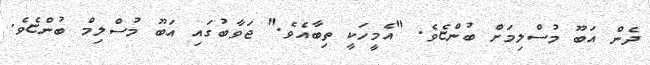
ދެން އަބޫ މުސްލިމަށް ބުންޏެވެ. "އެމީހަކީ ތިބާއެވެ." ޖަވާބުގައި އަބޫ މުސްލިމް ބުންޏެވެ.